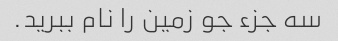
سه جزء جو زمین را نام ببرید.